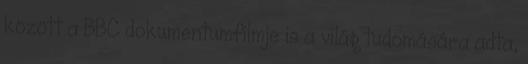
között a BBC dokumentumfilmje is a világ tudomására adta,